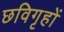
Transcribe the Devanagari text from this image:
छविगृहों